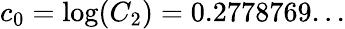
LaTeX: c_{0}=\log(C_{2})=0.2778769...